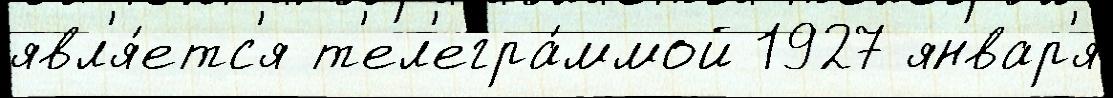
явл'я́етс'я т'ел'егра́ммой 1927 январ'я́